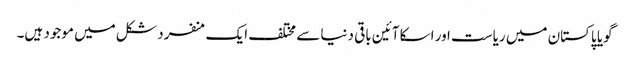
گویا پاکستان میں ریاست اور اسکا آئین باقی دنیا سے مختلف ایک منفرد شکل میں موجود ہیں۔